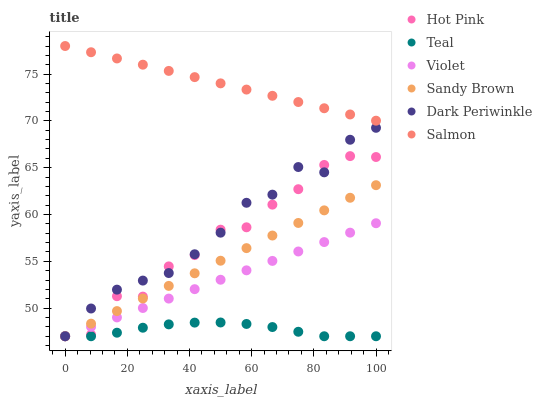
| xaxis_label | Hot Pink | Teal | Violet | Sandy Brown | Dark Periwinkle | Salmon |
 | --- | --- | --- | --- | --- | --- | --- |
 | 0 | 47 | 47 | 47 | 47 | 47 | 78 |
 | 8.33 | 47.2 | 47 | 48 | 48.3 | 50 | 77.3 |
 | 16.7 | 51.3 | 47.4 | 49 | 49.7 | 52 | 76.7 |
 | 25 | 51.2 | 47.9 | 50 | 51 | 52.9 | 76 |
 | 33.3 | 54.5 | 48.3 | 51 | 52.4 | 53.8 | 75.3 |
 | 41.7 | 55.7 | 48.5 | 52 | 53.7 | 55.8 | 74.7 |
 | 50 | 58.4 | 48.5 | 53 | 55.1 | 58.1 | 74 |
 | 58.3 | 58.6 | 48.3 | 54 | 56.4 | 61.3 | 73.3 |
 | 66.7 | 61.1 | 48 | 55 | 57.8 | 62.1 | 72.7 |
 | 75 | 62.7 | 47.5 | 56.1 | 59.1 | 65.1 | 72 |
 | 83.3 | 65.3 | 47 | 57.1 | 60.4 | 64.5 | 71.4 |
 | 91.7 | 66.2 | 47 | 58.1 | 61.8 | 68 | 70.7 |
 | 100 | 66.1 | 47 | 59.1 | 63.1 | 69.3 | 70 |